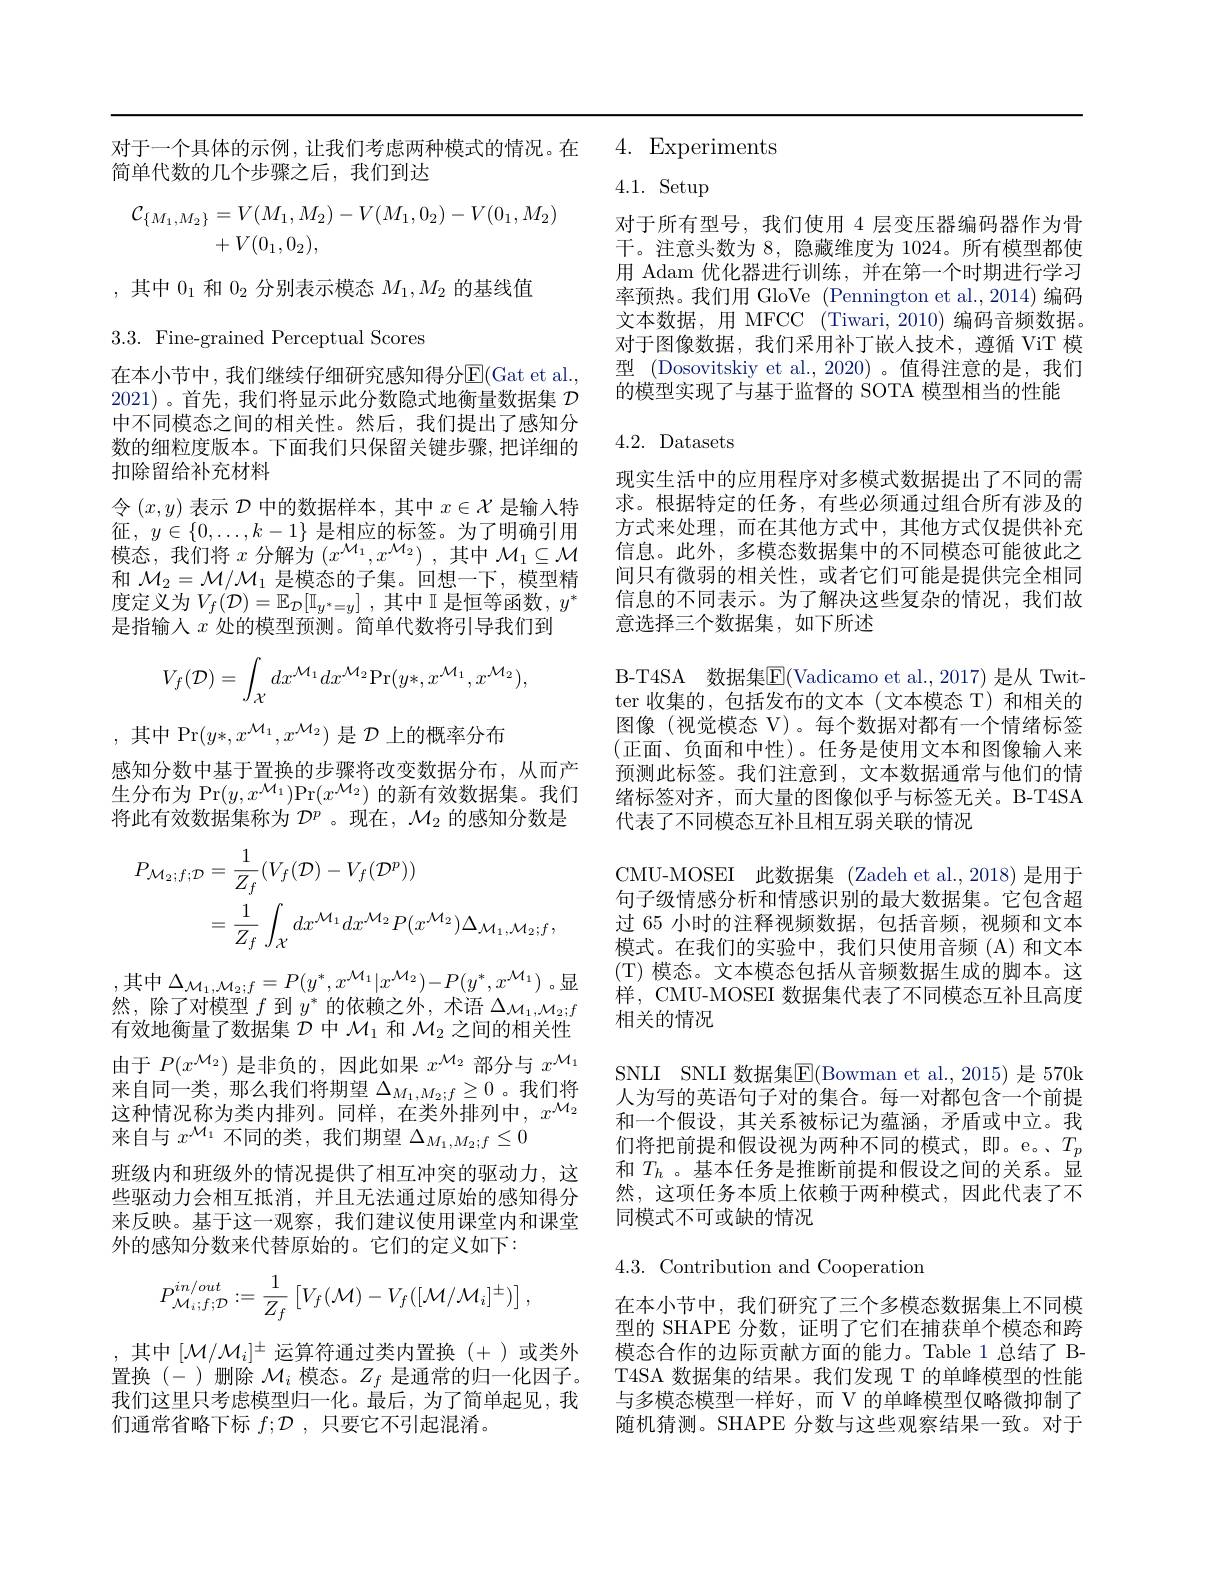
对于一个具体的示例，让我们考虑两种模式的情况。在 4. Experiments
简单代数的几个步骤之后，我们到达
$$\begin{aligned}\mathcal{C}_{\{M_{1},M_{2}\}}&=V(M_{1},M_{2})-V(M_{1},0_{2})-V(0_{1},M_{2})\\&+V(0_1,0_2),\end{aligned}$$
,其中$0_1$和$0_2$分别表示模态$M_1,M_2$的基线值

3.3. Fine-grained Perceptual Scores

在本小节中，我们继续仔细研究感知得分$\operatorname{E}($Gat et al., 2021)。首先，我们将显示此分数隐式地衡量数据集$\mathcal{D}$ 中不同模态之间的相关性。然后，我们提出了感知分数的细粒度版本。下面我们只保留关键步骤，把详细的扣除留给补充材料
令$(x,y)$表示$\mathcal{D}$中的数据样本，其中$x\in\mathcal{X}$是输人特征$,y\in\{0,\ldots,k-1\}$ 是相应的标签。为了明确引用模态，我们将$x$分解为$( x_1^\mathcal{M} , x^{\mathcal{M} _2})$ ,其中$\mathcal{M}_1\subseteq\mathcal{M}$ 和$\mathcal{M}_2=\mathcal{M}/\mathcal{M}_1$是模态的子集。回想一下，模型精度定义为$V_f( \mathcal{D} ) = \mathbb{E} _{\mathcal{D} }[ \mathbb{I} _{y^* = y}]$ ,其中$\mathbb{I}$是恒等函数$,y^*$ 是指输入$x$处的模型预测。简单代数将引导我们到
$$V_f(\mathcal{D})=\int_{\mathcal{X}}dx^{\mathcal{M}_1}dx^{\mathcal{M}_2}\mathrm{Pr}(y*,x^{\mathcal{M}_1},x^{\mathcal{M}_2}),$$
,其中 Pr$(y*,x^{\mathcal{M}_1},x^{\mathcal{M}_2})$是$\mathcal{D}$上的概率分布
感知分数中基于置换的步骤将改变数据分布，从而产 预测此标签。我们注意到，文本数据通常与他们的情生分布为 Pr$(y,x^{\mathcal{M}_1})$Pr$(x^\mathcal{M}_2)$的新有效数据集。我们 绪标签对齐，而大量的图像似乎与标签无关。B-T4SA 将此有效数据集称为$\mathcal{D}^p$ 。现在，$\mathcal{M}_2$的感知分数是 代表了不同模态互补且相互弱关联的情况
$$\begin{aligned}P_{\mathcal{M}_{2};f;\mathcal{D}}&=\frac{1}{Z_{f}}(V_{f}(\mathcal{D})-V_{f}(\mathcal{D}^{p}))\\&=\frac{1}{Z_{f}}\int_{\mathcal{X}}dx^{\mathcal{M}_{1}}dx^{\mathcal{M}_{2}}P(x^{\mathcal{M}_{2}})\Delta_{\mathcal{M}_{1},\mathcal{M}_{2};f},\end{aligned}$$
,其中$\Delta_{\mathcal{M}_1,\mathcal{M}_2;f}=P(y^*,x^{\mathcal{M}_1}|x^{\mathcal{M}_2})-P(y^*,x^{\mathcal{M}_1})$。显然，除了对模型$f$到$y^*$的依赖之外，术语$\Delta_{\mathcal{M}_1,\mathcal{M}_2;f}$ 有效地衡量了数据集$\mathcal{D}$中$\mathcal{M}_1$和$\mathcal{M}_2$之间的相关性由于$P(x^\mathcal{M}_2)$是非负的，因此如果$x^\mathcal{M}_2$部分与$x^\mathcal{M}_1$ 来自同一类，那么我们将期望$\Delta_{M_1,M_2;f}\geq0$ 。我们将这种情况称为类内排列。同样，在类外排列中，$x^\mathcal{M}_2$ 来自与$x^\mathcal{M}_1$不同的类，我们期望$\Delta_M_1,M_2;f\leq0$
来反映。基于这一观察，我们建议使用课堂内和课堂
外的感知分数来代替原始的。它们的定义如下：
$$P_{\mathcal{M}_{i};f;\mathcal{D}}^{in/out}:=\frac{1}{Z_{f}}\begin{bmatrix}V_{f}(\mathcal{M})-V_{f}([\mathcal{M}/\mathcal{M}_{i}]^{\pm})\end{bmatrix},$$
我们这里只考虑模型归一化。最后，为了简单起见，我
们通常省略下标$f;\mathcal{D}$ ,只要它不引起混淆。

4.1. Setup
对于所有型号，我们使用 4 层变压器编码器作为骨干。注意头数为 8, 隐藏维度为 1024。所有模型都使用 Adam 优化器进行训练，并在第一个时期进行学习率预热。我们用 GloVe (Pennington et al., 2014) 编码文本数据，用 MFCC (Tiwari, 2010) 编码音频数据。对于图像数据，我们采用补丁嵌人技术，遵循 ViT 模型 (Dosovitskiy et al.,2020) 。值得注意的是，我们的模型实现了与基于监督的 SOTA 模型相当的性能

# 4.2. Datasets

现实生活中的应用程序对多模式数据提出了不同的需求。根据特定的任务，有些必须通过组合所有涉及的方式来处理，而在其他方式中，其他方式仅提供补充信息。此外，多模态数据集中的不同模态可能彼此之间只有微弱的相关性，或者它们可能是提供完全相同信息的不同表示。为了解决这些复杂的情况，我们故意选择三个数据集，如下所述
B-T4SA 数据集$\boxed{\mathrm{E}}($Vadicamo et al.,2017) 是从 Twitter 收集的，包括发布的文本(文本模态 T) 和相关的图像(视觉模态 V)。每个数据对都有一个情绪标签(正面、负面和中性)。任务是使用文本和图像输入来CMU-MOSEI 此数据集 (Zadeh et al.,2018) 是用于句子级情感分析和情感识别的最大数据集。它包含超过 65 小时的注释视频数据，包括音频，视频和文本模式。在我们的实验中，我们只使用音频(A)和文本(T) 模态。文本模态包括从音频数据生成的脚本。这样，CMU-MOSEI 数据集代表了不同模态互补且高度相关的情况
SNLI SNLI 数据集$\boxed{\mathrm{E}}($Bowman et al.,2015)是 570k 人为写的英语句子对的集合。每一对都包含一个前提和一个假设，其关系被标记为蕴涵，矛盾或中立。我们将把前提和假设视为两种不同的模式，即。e。、$T_p$
班级内和班级外的情况提供了相互冲突的驱动力，这 和$T_h$ 。基本任务是推断前提和假设之间的关系。显些驱动力会相互抵消，并且无法通过原始的感知得分 然，这项任务本质上依赖于两种模式，因此代表了不
同模式不可或缺的情况
4.3. Contribution and Cooperation
在本小节中，我们研究了三个多模态数据集上不同模型的 SHAPE 分数，证明了它们在捕获单个模态和跨

,其中$[\mathcal{M}/\mathcal{M}_i]^\pm$运算符通过类内置换 (+ )或类外  模态合作的边际贡献方面的能力。Table 1 总结了 B置换(- )删除$\mathcal{M}_i$模态。$Z_f$是通常的归一化因子。T4SA 数据集的结果。我们发现 T 的单峰模型的性能
与多模态模型一样好，而 V 的单峰模型仅略微抑制了随机猜测。SHAPE 分数与这些观察结果一致。对于